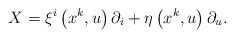
LaTeX: \begin{align*}X=\xi ^{i}\left( x^{k},u\right) \partial _{i}+\eta \left( x^{k},u\right)\partial _{u}. \end{align*}